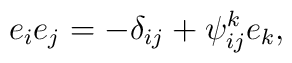
e_ie_j=-\delta _{ij}+\psi _{ij}^ke_k,